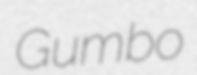
Gumbo